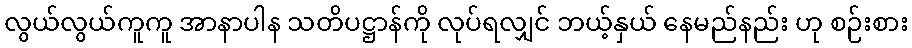
လွယ်လွယ်ကူကူ အာနာပါန သတိပဋ္ဌာန်ကို လုပ်ရလျှင် ဘယ့်နှယ် နေမည်နည်း ဟု စဉ်းစား